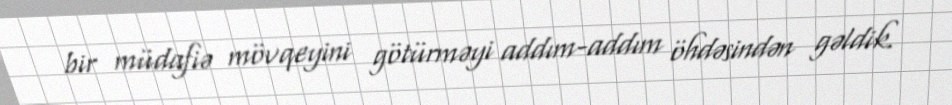
bir müdafiə mövqeyini götürməyi addım-addım öhdəsindən gəldik.